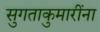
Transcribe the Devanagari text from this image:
सुगताकुमारींना